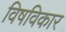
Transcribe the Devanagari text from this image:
विषविकार